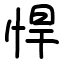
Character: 悍